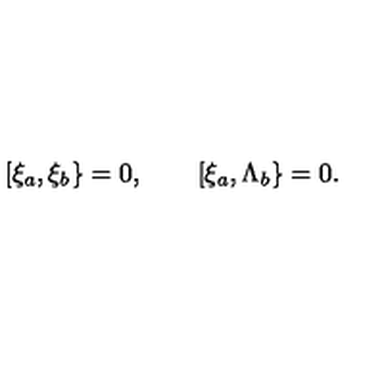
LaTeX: \lbrack \xi _ { a } , \xi _ { b } \} = 0 , \quad \quad \lbrack \xi _ { a } , \Lambda _ { b } \} = 0 .